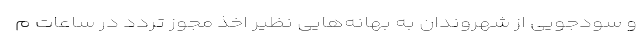
و سودجویی از شهروندان به بهانه‌هایی نظیر اخذ مجوز تردد در ساعات م